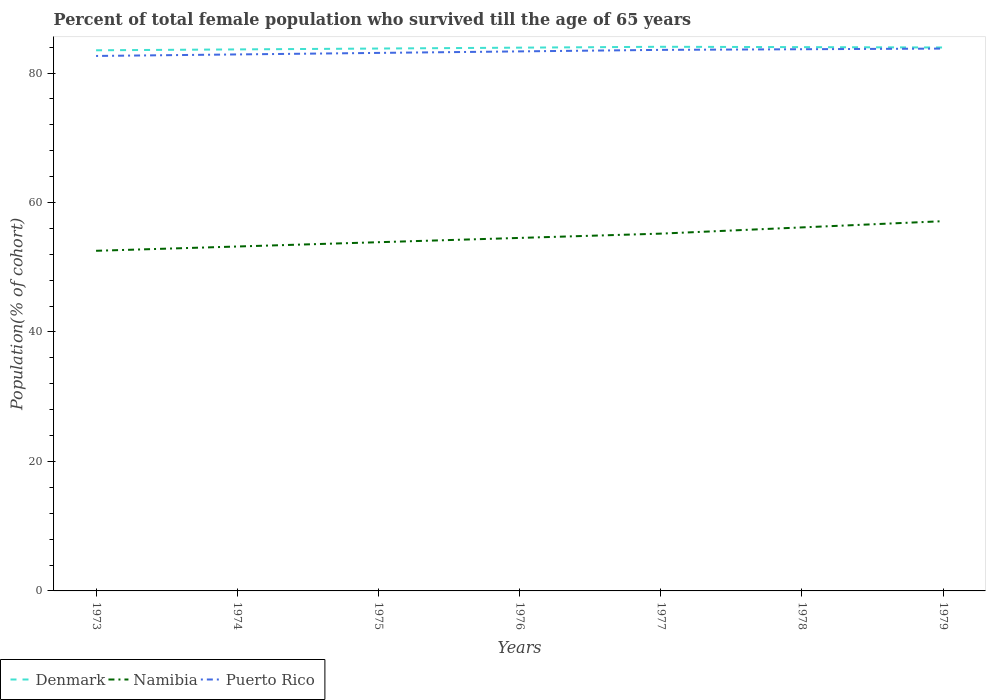
| Years | Denmark | Namibia | Puerto Rico |
 | --- | --- | --- | --- |
 | 1973 | 83.5 | 52.5 | 82.6 |
 | 1974 | 83.7 | 53.2 | 82.9 |
 | 1975 | 83.8 | 53.9 | 83.1 |
 | 1976 | 83.9 | 54.5 | 83.3 |
 | 1977 | 84.1 | 55.2 | 83.6 |
 | 1978 | 84 | 56.2 | 83.7 |
 | 1979 | 83.9 | 57.1 | 83.8 |